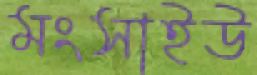
মংসাইউ